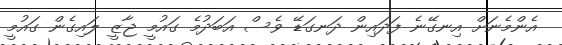
އެންމެނަށް އިނގޭނެ ފަދައިން ދަނގަޑޭ ވެސް އަބަދުމެ ގައުމީ ޖާޒީ ލައިގެން ގައުމީ